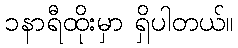
၁နာရီထိုးမှာ ရှိပါတယ်။